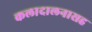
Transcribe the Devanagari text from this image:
कलादालनासह